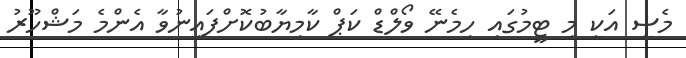
މެސީ އަކީ މި ޓީމުގައި ހިމެނޭ ވޯލްޑް ކަޕް ކާމިޔާބުކޮށްފައިނުވާ އެންމެ މަޝްހޫރު